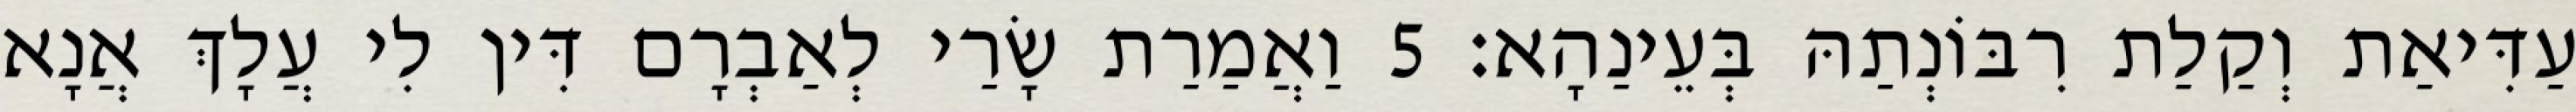
עַדִּיאַת וְקַלַת רִבּוֹנְתַהּ בְּעֵינַהָא׃ 5 וַאֲמַרַת שָׂרַי לְאַבְרָם דִּין לִי עֲלָךְ אֲנָא